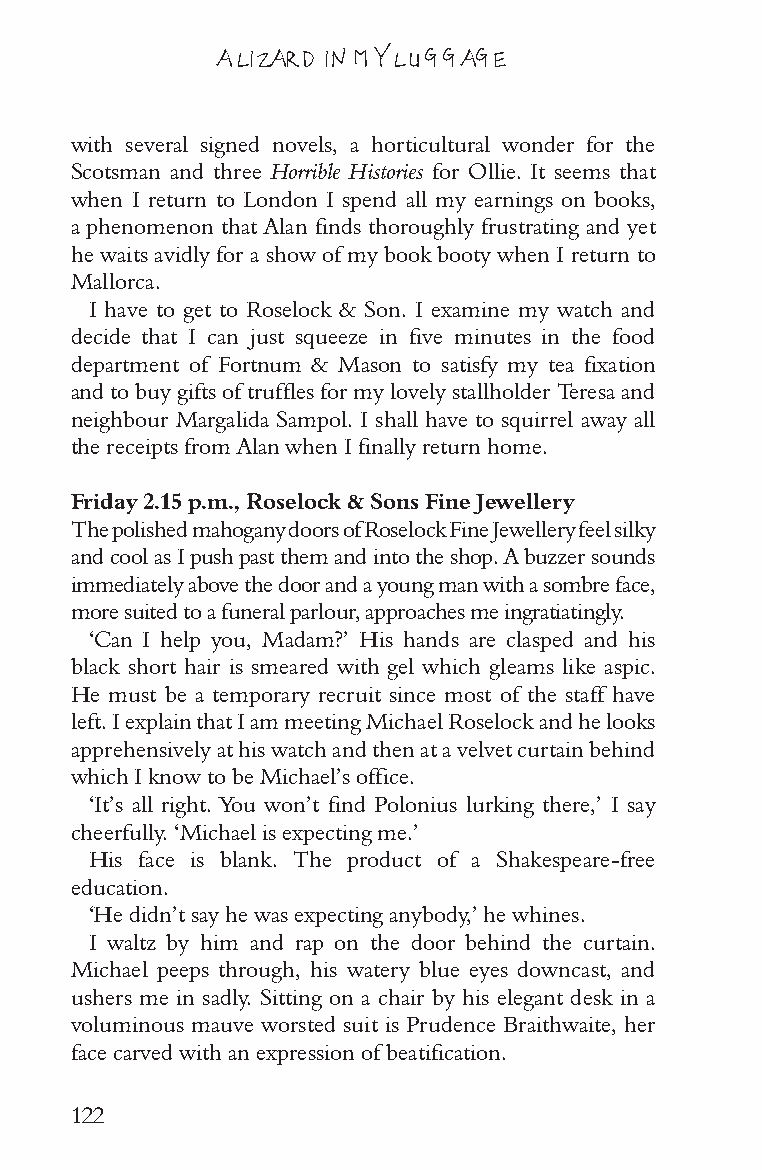
A LIZARD IN MY LUGGAGE
 with several signed novels, a horticultural wonder for the
 Scotsman and three Horrible Histories for Ollie. It seems that
 when I return to London I spend all my earnings on books,
 a phenomenon that Alan finds thoroughly frustrating and yet
 he waits avidly for a show of my book booty when I return to
 Mallorca.
 I have to get to Roselock & Son. I examine my watch and
 decide that I can just squeeze in five minutes in the food
 department of Fortnum & Mason to satisfy my tea fixation
 and to buy gifts of truffles for my lovely stallholder Teresa and
 neighbour Margalida Sampol. I shall have to squirrel away all
 the receipts from Alan when I finally return home.
 Friday 2.15 p.m., Roselock & Sons Fine Jewellery
 The polished mahogany doors of Roselock Fine Jewellery feel silky
 and cool as I push past them and into the shop. A buzzer sounds
 immediately above the door and a young man with a sombre face,
 more suited to a funeral parlour, approaches me ingratiatingly.
 ‘Can I help you, Madam?’ His hands are clasped and his
 black short hair is smeared with gel which gleams like aspic.
 He must be a temporary recruit since most of the staff have
 left. I explain that I am meeting Michael Roselock and he looks
 apprehensively at his watch and then at a velvet curtain behind
 which I know to be Michael’s office.
 ‘It’s all right. You won’t find Polonius lurking there,’ I say
 cheerfully. ‘Michael is expecting me.’
 His face is blank. The product of a Shakespeare-free
 education.
 ‘He didn’t say he was expecting anybody,’ he whines.
 I waltz by him and rap on the door behind the curtain.
 Michael peeps through, his watery blue eyes downcast, and
 ushers me in sadly. Sitting on a chair by his elegant desk in a
 voluminous mauve worsted suit is Prudence Braithwaite, her
 face carved with an expression of beatification.
 122